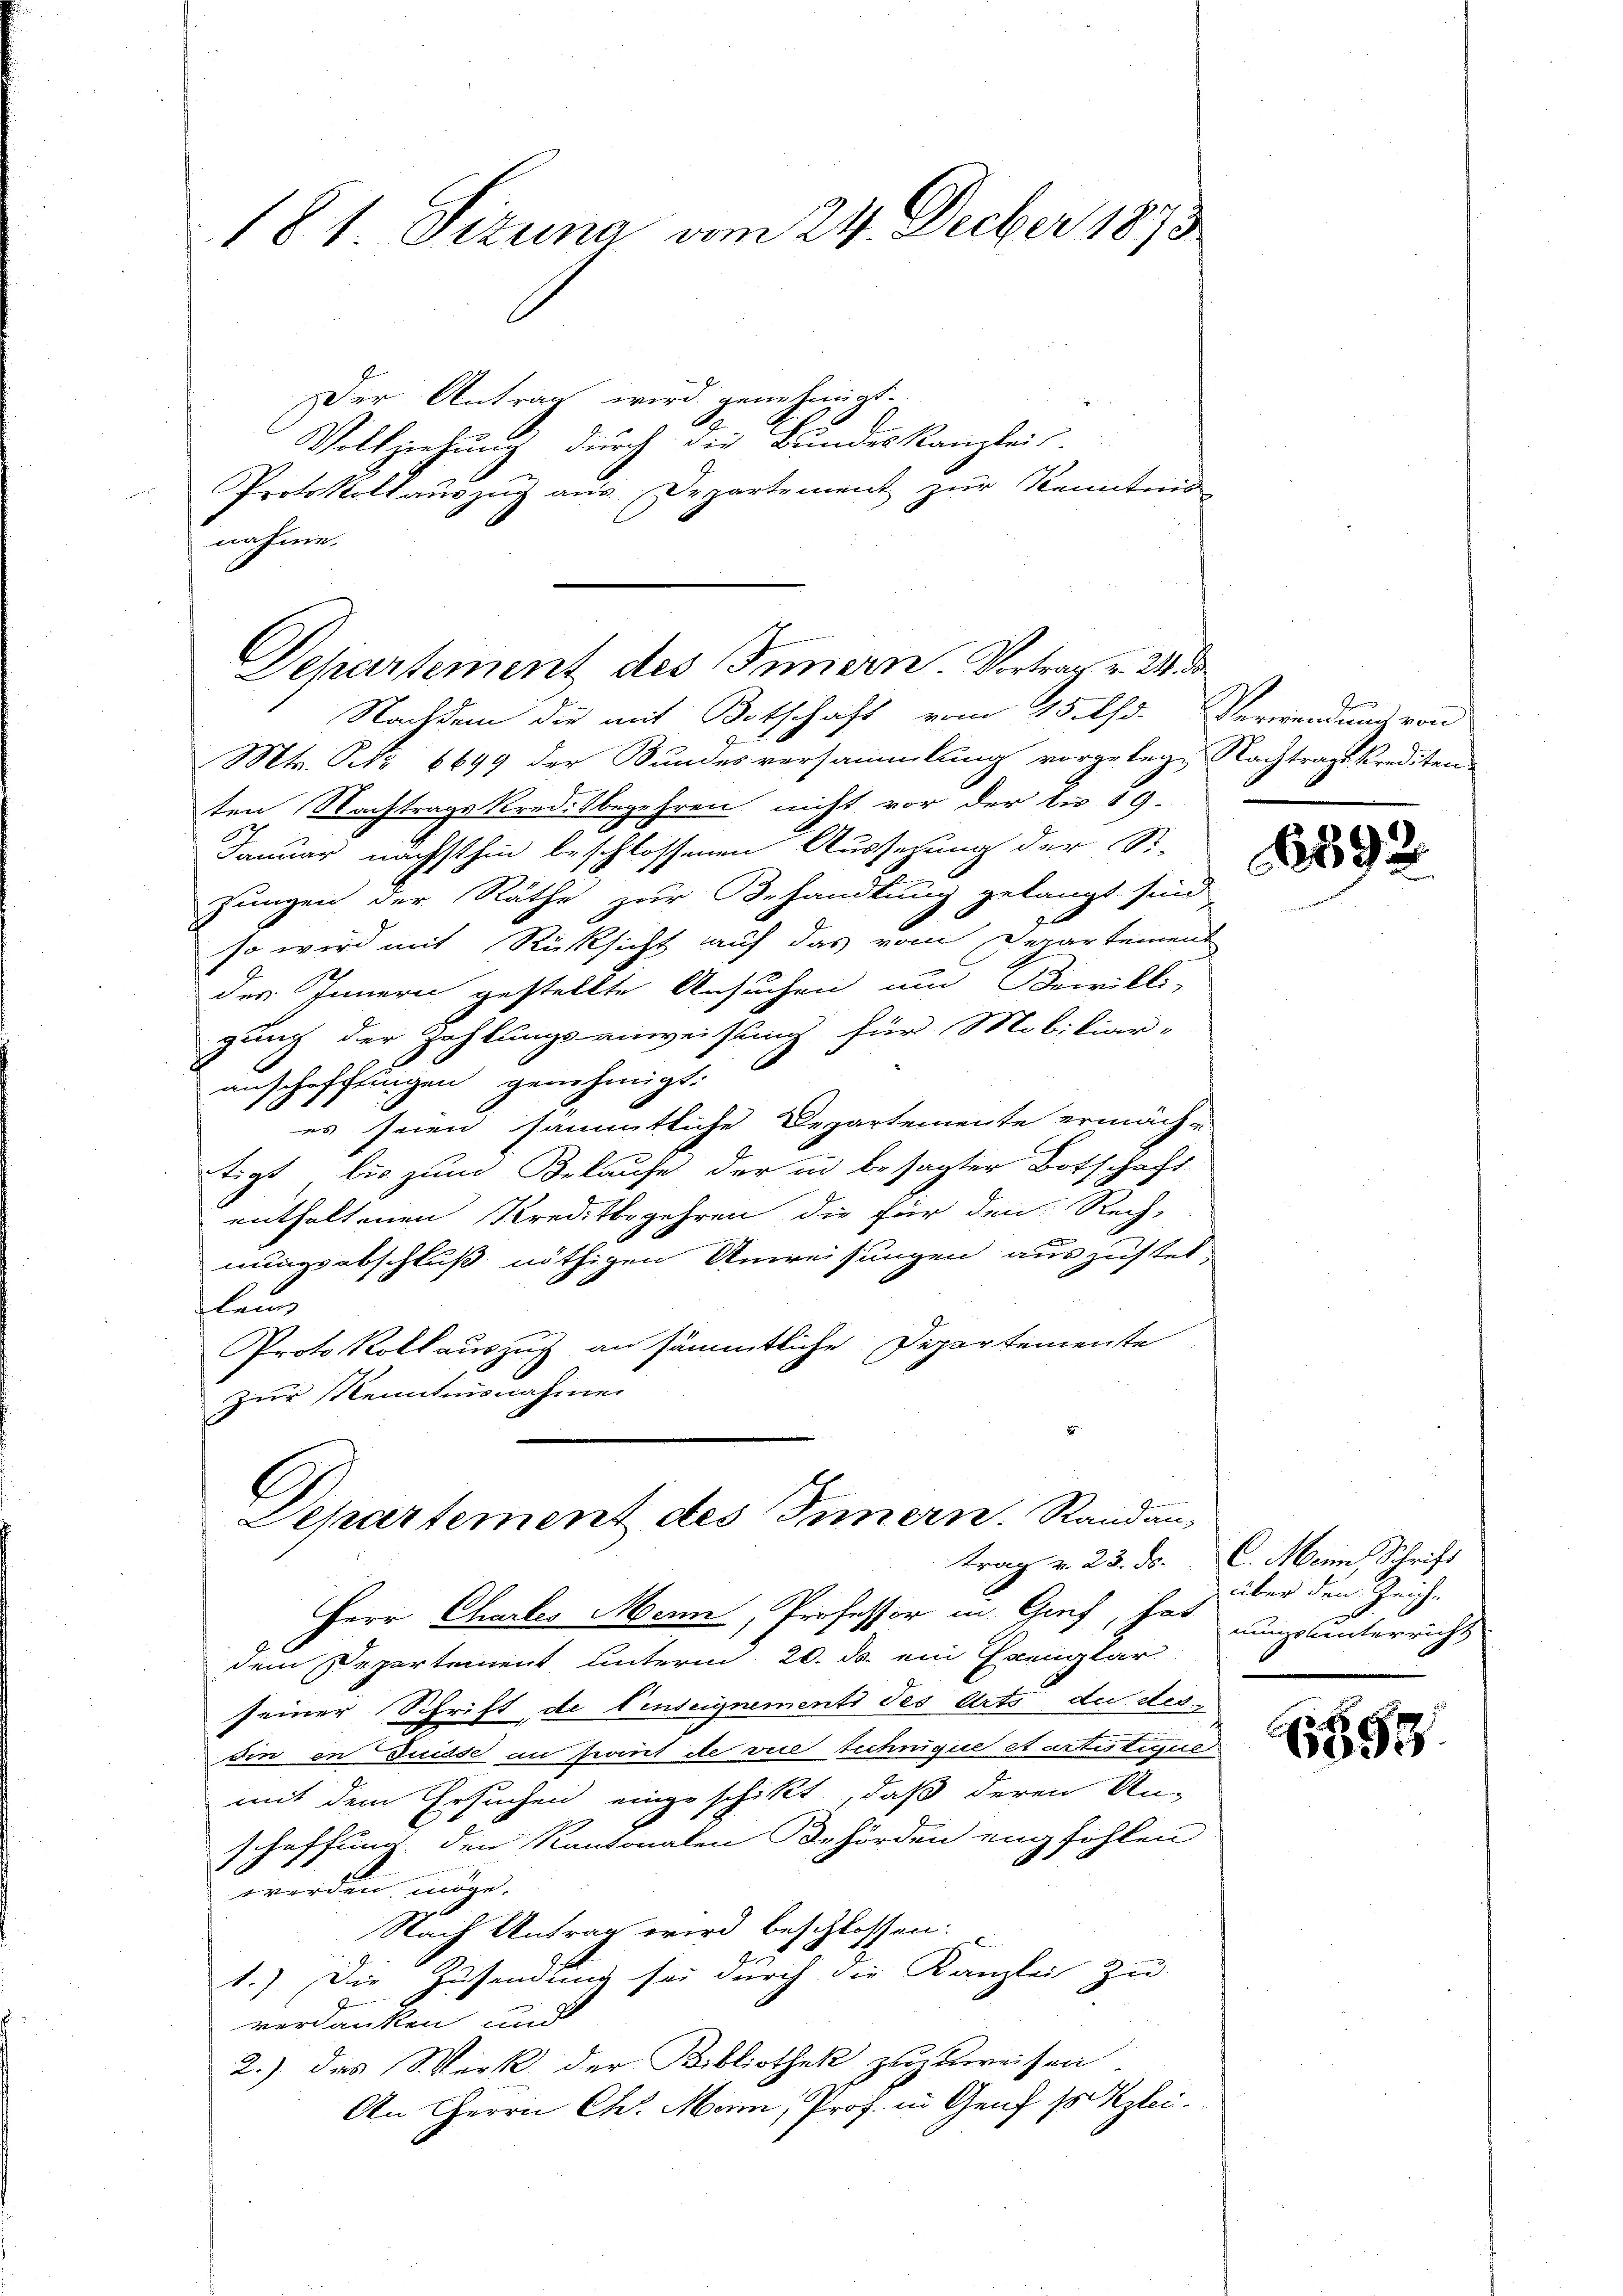
181. Sizung vom 24. Decber 1873

Der Antrag wird genehmigt.
Vollziehung durch die Bundeskanzlei-
Protokollauszug aus Departement zur Kenntnis
nahme.

Dehartement des Innern. Vortrag v. 24. de

Nachdem die mit Botschaft vom 15. d. Verwendung von
Mts. S. 6699 der Bundesversammlung vorgelege Nachtragskrediten
ten Nachtragskreditbegehren nicht vor der bis 19.
Januar nächsthin beschlossenen Aussezung der St.
zungen der Räthe zur Behandlung gelangt sind
so wird mit Rücksicht auf das vom Departement
des Innern gestellte Ansuchen und Bewilli-
gung der Zahlungsanweisung für Mobiliar-
anschafftingen genehmigt:
es seien sämmtliche Departemente ermäche
tigt, bis zum Belaufe der in besagter Botschaft
enthaltenen Kreditbegehren die für den Rech-
nungsabschluß nöthigen Anweisungen auszustel-
flan
Protokoll auszug an sämmtliche Departemente
zur Kenntnisnahmen

Departement des Innern. Randan-
trag v. 23. ds. C. Mein Schrift

Herr Charler Mann, Professor in Graf, hat nun unterricht
dem Departement unterm 20. ds. ein Exemplar
seiner Schrift de fenseignements des Orts die des-
din in Duisse an Point de vice technique et artistique
mit dem Ersuchen eingeschikt, daß deren An-
schaffung, den Kantonalen Behörden engföhlen
werden möge.
Nach Antrag wird beschlossen:
1.) Die Zusendung sei durch die Kanzlei zu-
verdanken, und
2.) das Werk der Bibliothek zuzuweisen
An Herrn Ch. Mann, Prof. in Genf so klei¬

892

über den Zeiche

1859